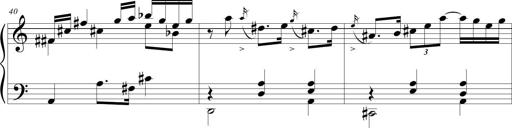
Title: Beatrice Bellaboomboom
Composer: Michel Rondeau
Key: A minor